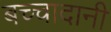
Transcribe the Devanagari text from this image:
बच्चादानी